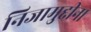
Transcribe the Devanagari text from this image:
निजामुद्दीन।